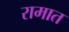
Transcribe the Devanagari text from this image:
रामात